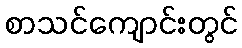
စာသင်ကျောင်းတွင်